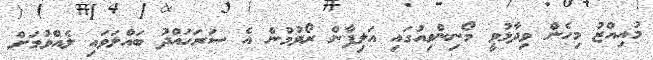
މުއިއްޒު މިހެން ވިދާޅުވީ މޯނިންވިއުގައި އަލިފާން ރޯވުމުން އެ ސަރަހައްދު ބައްލަވައި ލެއްވުމަށް